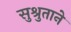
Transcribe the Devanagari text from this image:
सुश्रुताने